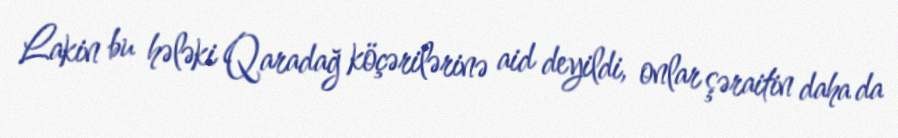
Lakin bu hələki Qaradağ köçərilərinə aid deyildi, onlar şəraitin daha da